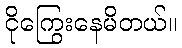
ငိုကြွေးနေမိတယ်။